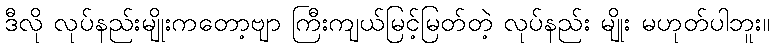
ဒီလို လုပ်နည်းမျိုးကတော့ဗျာ ကြီးကျယ်မြင့်မြတ်တဲ့ လုပ်နည်း မျိုး မဟုတ်ပါဘူး။